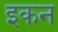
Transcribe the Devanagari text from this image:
इकन